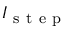
I _ { \mathrm { ~ s ~ t ~ e ~ p ~ } }